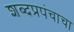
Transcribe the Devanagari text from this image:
शब्दप्रपंचाचा